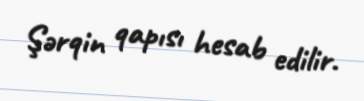
Şərqin qapısı hesab edilir.